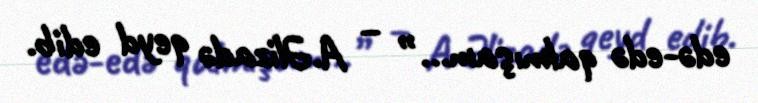
edə-edə qalmışam...” – A.Əlizadə qeyd edib.